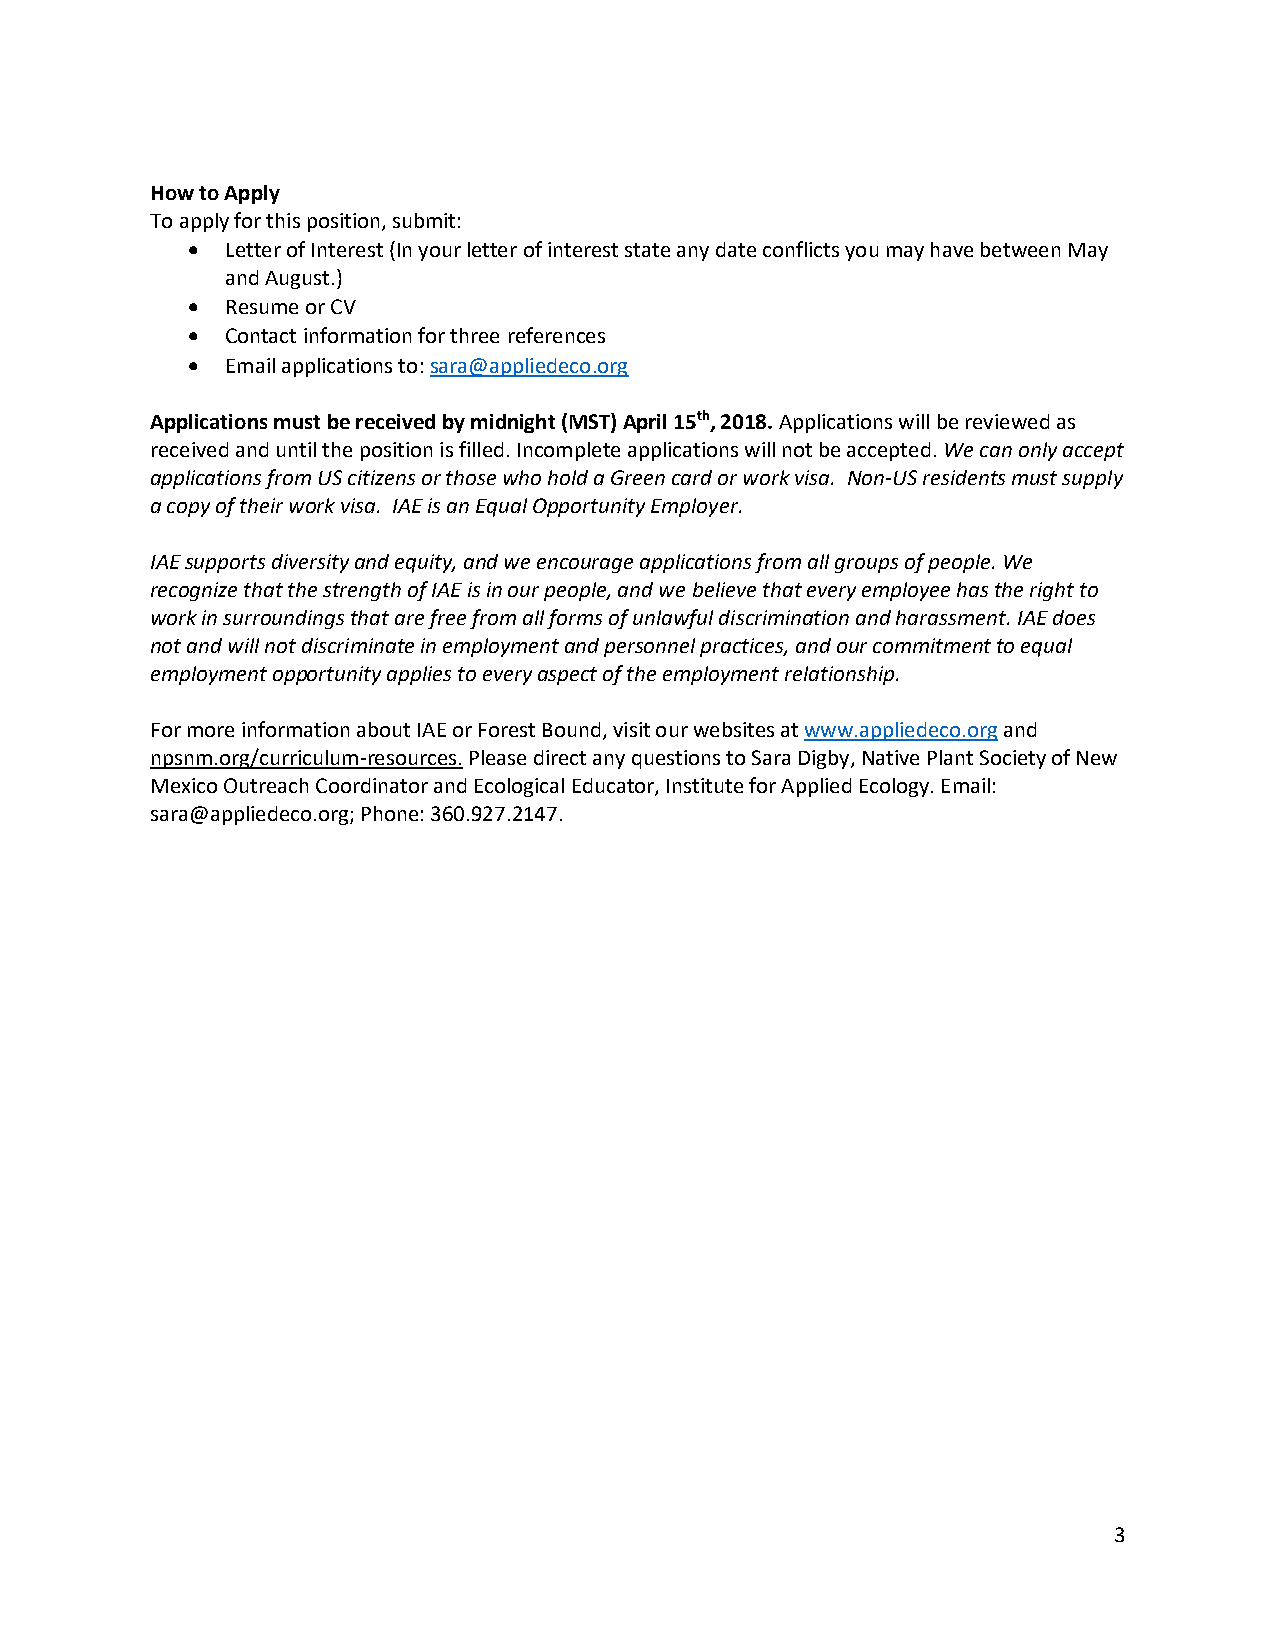
How to Apply
 To apply for this position, submit:
 •  Letter of Interest (In your letter of interest state any date conflicts you may have between May
 and August.)
 •  Resume or CV
 •  Contact information for three references
 •  Email applications to: sara@appliedeco.org
 Applications must be received by midnight (MST) April 15th, 2018. Applications will be reviewed as
 received and until the position is filled. Incomplete applications will not be accepted. We can only accept
 applications from US citizens or those who hold a Green card or work visa. Non-US residents must supply
 a copy of their work visa. IAE is an Equal Opportunity Employer.
 IAE supports diversity and equity, and we encourage applications from all groups of people. We
 recognize that the strength of IAE is in our people, and we believe that every employee has the right to
 work in surroundings that are free from all forms of unlawful discrimination and harassment. IAE does
 not and will not discriminate in employment and personnel practices, and our commitment to equal
 employment opportunity applies to every aspect of the employment relationship.
 For more information about IAE or Forest Bound, visit our websites at www.appliedeco.org and
 npsnm.org/curriculum-resources. Please direct any questions to Sara Digby, Native Plant Society of New
 Mexico Outreach Coordinator and Ecological Educator, Institute for Applied Ecology. Email:
 sara@appliedeco.org; Phone: 360.927.2147.
 3